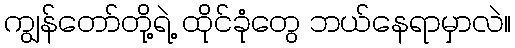
ကျွန်တော်တို့ရဲ့ ထိုင်ခုံတွေ ဘယ်နေရာမှာလဲ။